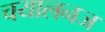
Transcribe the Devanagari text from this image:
चयालनज